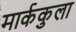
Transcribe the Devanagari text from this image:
मार्ककुला